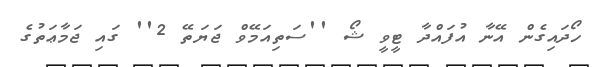
ހޯދައިގެން އޭނާ އުފައްދާ ޓީވީ ޝޯ ''ސަތިއަމޭވް ޖަޔަތޭ 2'' ގައި ޖަމާޢަތުގެ